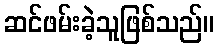
ဆင်ဖမ်းခဲ့သူဖြစ်သည်။